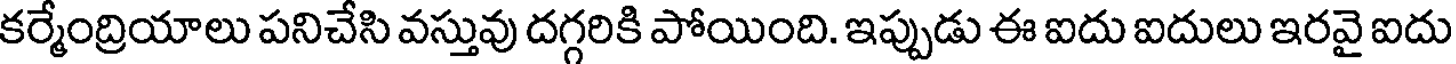
కర్మేంద్రియాలు పనిచేసి వస్తువు దగ్గరికి పోయింది. ఇప్పుడు ఈ ఐదు ఐదులు ఇరవై ఐదు